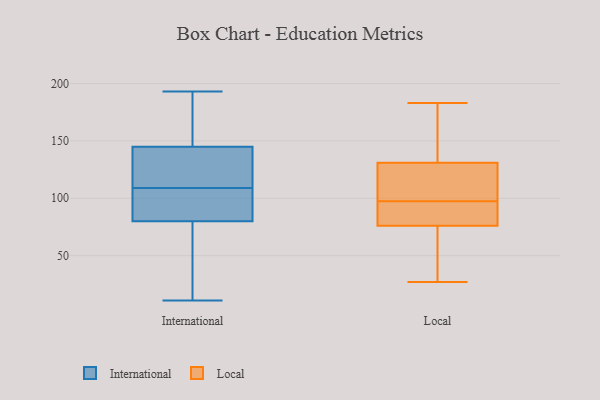
{"axis": {"x": "Population (Million)", "y": "Value"}, "legend": ["International", "Local"], "data": [{"x": "", "y": 87, "type": "International"}, {"x": "", "y": 159, "type": "International"}, {"x": "", "y": 152, "type": "International"}, {"x": "", "y": 11, "type": "International"}, {"x": "", "y": 41, "type": "International"}, {"x": "", "y": 112, "type": "International"}, {"x": "", "y": 20, "type": "International"}, {"x": "", "y": 193, "type": "International"}, {"x": "", "y": 125, "type": "International"}, {"x": "", "y": 106, "type": "International"}, {"x": "", "y": 80, "type": "International"}, {"x": "", "y": 145, "type": "International"}, {"x": "", "y": 66, "type": "International"}, {"x": "", "y": 138, "type": "International"}, {"x": "", "y": 93, "type": "International"}, {"x": "", "y": 120, "type": "International"}, {"x": "", "y": 178, "type": "International"}, {"x": "", "y": 104, "type": "International"}, {"x": "", "y": 91, "type": "Local"}, {"x": "", "y": 80, "type": "Local"}, {"x": "", "y": 123, "type": "Local"}, {"x": "", "y": 101, "type": "Local"}, {"x": "", "y": 29, "type": "Local"}, {"x": "", "y": 27, "type": "Local"}, {"x": "", "y": 173, "type": "Local"}, {"x": "", "y": 183, "type": "Local"}, {"x": "", "y": 94, "type": "Local"}, {"x": "", "y": 110, "type": "Local"}, {"x": "", "y": 72, "type": "Local"}, {"x": "", "y": 139, "type": "Local"}]}